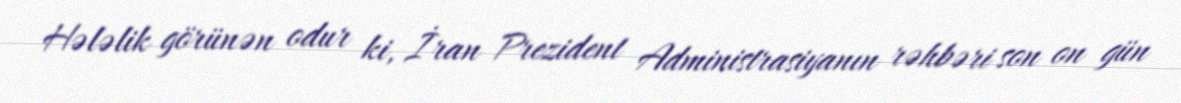
Hələlik görünən odur ki, İran Prezident Administrasiyanın rəhbəri son on gün